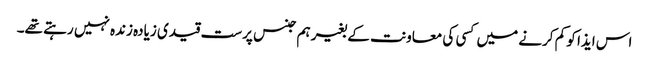
اس ایذا کو کم کرنے میں کسی کی معاونت کے بغیر ہم جنس پرست قیدی زیادہ زندہ نہیں رہتے تھے۔